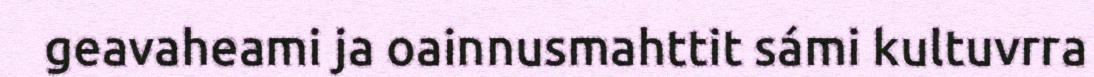
geavaheami ja oainnusmahttit sámi kultuvrra